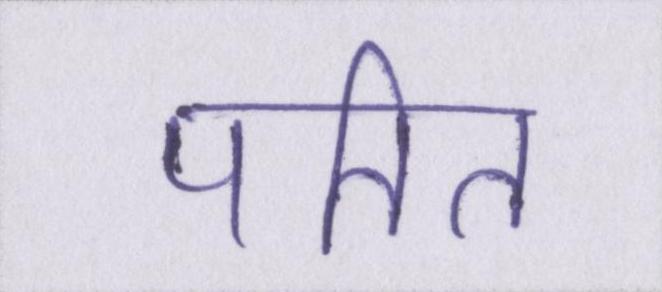
पतित